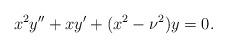
LaTeX: \begin{align*}x^2y''+xy'+(x^2-\nu^2)y=0.\end{align*}